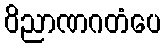
ဝိညာဏဂတံပေ